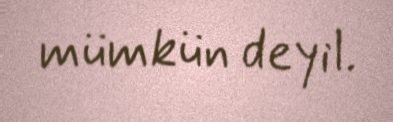
mümkün deyil.